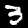
Label: 3